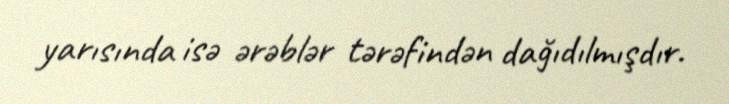
yarısında isə ərəblər tərəfindən dağıdılmışdır.